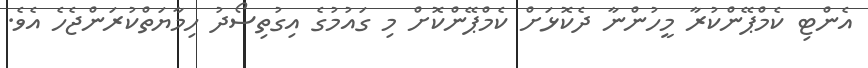
އެންޓި ކެމްޕޭންކުރާ މީހުންނާ ދެކޮޅަށް ކެމްޕޭންކޮށް މި ގައުމުގެ އިގުތިސޯދު ހިމާޔަތްކުރަންޖެހެ އެވެ.